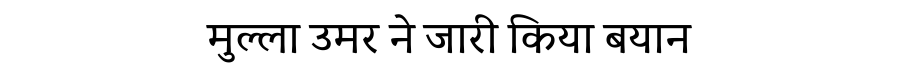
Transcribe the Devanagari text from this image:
मुल्ला उमर ने जारी किया बयान